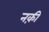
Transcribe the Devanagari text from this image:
नक़ी